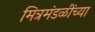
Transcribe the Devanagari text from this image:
मित्रमंडळींच्या